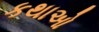
કથાઓ